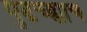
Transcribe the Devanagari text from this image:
पुढच्ह्याच